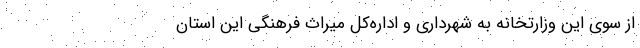
از سوی این وزارتخانه به شهرداری و اداره‌کل میراث فرهنگی این استان